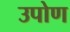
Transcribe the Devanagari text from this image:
उपोण